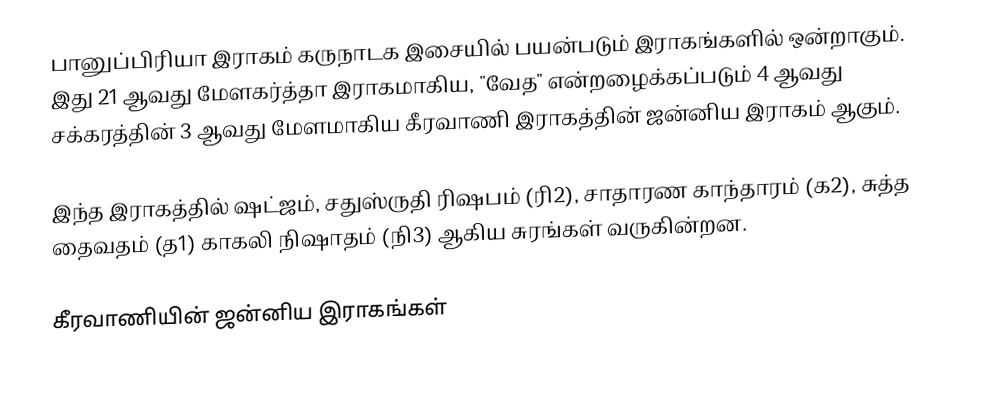
பானுப்பிரியா இராகம் கருநாடக இசையில் பயன்படும் இராகங்களில் ஒன்றாகும். இது 21 ஆவது மேளகர்த்தா இராகமாகிய, "வேத" என்றழைக்கப்படும் 4 ஆவது சக்கரத்தின் 3 ஆவது மேளமாகிய கீரவாணி இராகத்தின் ஜன்னிய இராகம் ஆகும்.

இந்த இராகத்தில் ஷட்ஜம், சதுஸ்ருதி ரிஷபம் (ரி2),  சாதாரண காந்தாரம் (க2),  சுத்த தைவதம் (த1) காகலி நிஷாதம் (நி3) ஆகிய சுரங்கள் வருகின்றன.

கீரவாணியின் ஜன்னிய இராகங்கள்